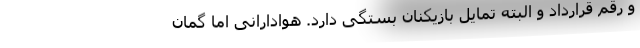
و رقم قرارداد و البته تمایل بازیکنان بستگی دارد. هوادارانی اما گمان